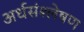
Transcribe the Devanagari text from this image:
अर्धसंश्लेषण